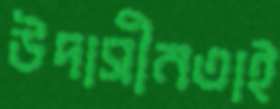
উদাসীনতাই